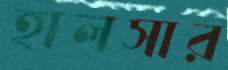
হালসার